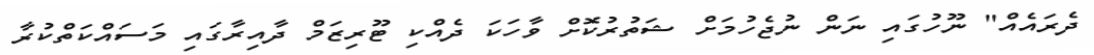
ދެރައެއް" ނޫހުގައި ނަން ނުޖެހުމަށް ޝަތުރުކޮށް ވާހަކަ ދެއްކި ޓޫރިޒަމް ދާއިރާގައި މަސައްކަތްކުރާ